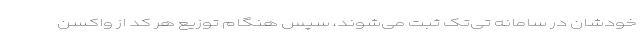
خودشان در سامانه تی‌تک ثبت می‌شوند، سپس هنگام توزیع هر کد از واکسن